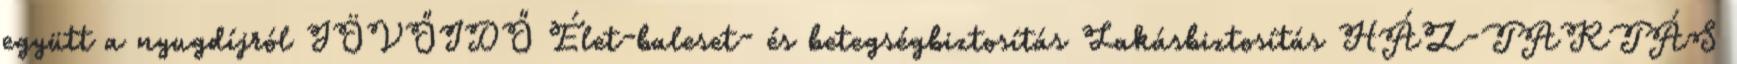
együtt a nyugdíjról JÖVŐIDŐ Élet-baleset- és betegségbiztosítás Lakásbiztosítás HÁZ-TARTÁS